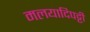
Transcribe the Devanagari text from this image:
मलयादिपट्टी